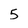
Character: 5